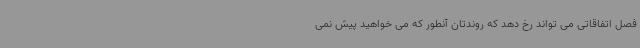
فصل اتفاقاتی می تواند رخ دهد که روندتان آنطور که می خواهید پیش نمی